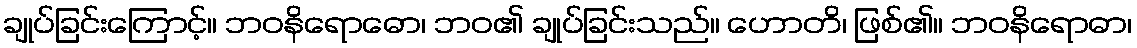
ချုပ်ခြင်းကြောင့်။ ဘဝနိရောဓော၊ ဘဝ၏ ချုပ်ခြင်းသည်။ ဟောတိ၊ ဖြစ်၏။ ဘဝနိရောဓာ၊